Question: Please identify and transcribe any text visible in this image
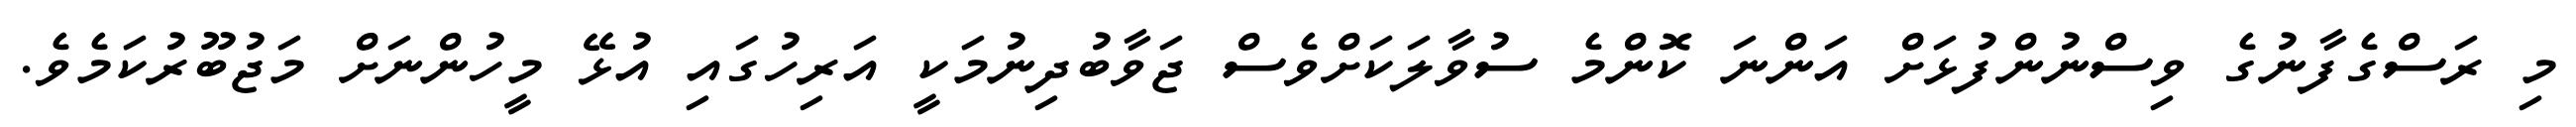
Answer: މި ރަސްގެފާނުގެ ވިސްނުންފުޅަށް އަންނަ ކޮންމެ ސުވާލަކަށްވެސް ޖަވާބުދިނުމަކީ އަރިހުގައި އުޅޭ މީހުންނަށް މަޖުބޫރުކަމެވެ.